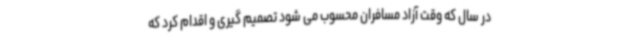
در سال که وقت آزاد مسافران محسوب می شود تصمیم گیری و اقدام کرد که